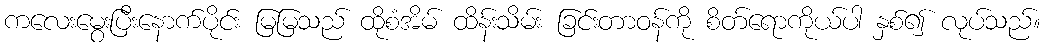
ကလေးမွေးပြီးနောက်ပိုင်း မြမြသည် ထိုစံအိမ် ထိန်းသိမ်း ခြင်းတာဝန်ကို စိတ်ရောကိုယ်ပါ နှစ်၍ လုပ်သည်။